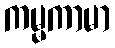
ကမ္မကာမာ